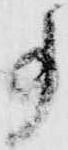
事